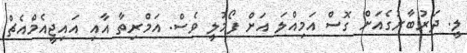
ލީ. ދަަރުބާރުގެއަށް ގޮސް އަމިއްލަ އަށް ފޯމުލީ ވެސް. އަމްރިތާ އާއި އައިޖީއެމްއެޗް